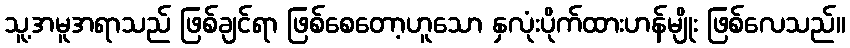
သူ့အမူအရာသည် ဖြစ်ချင်ရာ ဖြစ်စေတော့ဟူသော နှလုံးပိုက်ထားဟန်မျိုး ဖြစ်လေသည်။